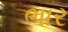
ભાર